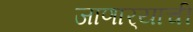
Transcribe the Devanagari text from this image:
जाणार्‍याची